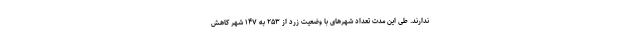
ندارند. طی این مدت تعداد شهرهای با وضعیت زرد از ۲۵۳ به ۱۴۷ شهر کاهش